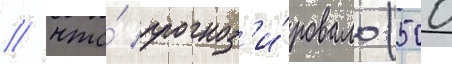
/ что́ прогноз'и́ровало (500